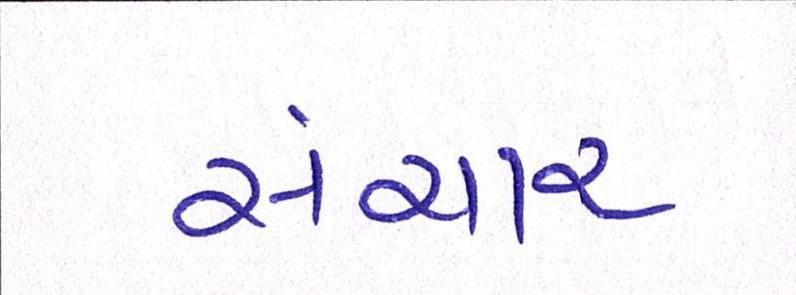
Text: સંચાર